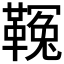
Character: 𩌑